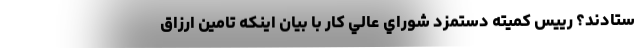
ستادند؟ رييس كميته دستمزد شوراي عالي كار با بيان اينكه تامين ارزاق